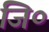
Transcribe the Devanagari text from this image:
जि०